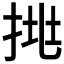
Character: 𢬹